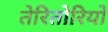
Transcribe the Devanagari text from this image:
तेरितोरियो